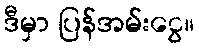
ဒီမှာ ပြန်အမ်းငွေ။